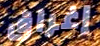
إغراق